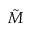
\tilde { M }